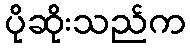
ပိုဆိုးသည်က